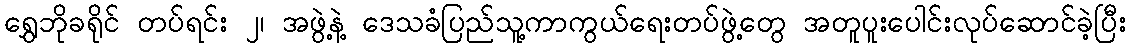
ရွှေဘိုခရိုင် တပ်ရင်း ၂၊ အဖွဲ့နဲ့ ဒေသခံပြည်သူ့ကာကွယ်ရေးတပ်ဖွဲ့တွေ အတူပူးပေါင်းလုပ်ဆောင်ခဲ့ပြီး